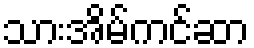
သားအိမ်ကင်ဆာ